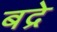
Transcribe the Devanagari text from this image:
बद्रे